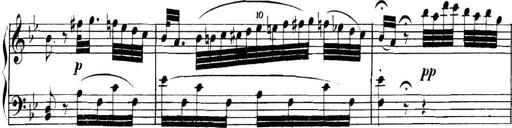
Title: Collected Piano Sonatas
Composer: Muzio Clementi